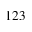
1 2 3